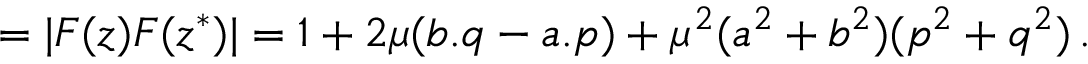
= | F ( z ) F ( z ^ { * } ) | = 1 + 2 \mu ( b . q - a . p ) + \mu ^ { 2 } ( a ^ { 2 } + b ^ { 2 } ) ( p ^ { 2 } + q ^ { 2 } ) \, .